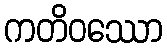
ကတိဝဿော